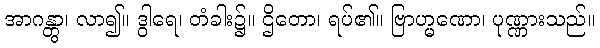
အာဂန္တွာ၊ လာ၍။ ဒွါရေ၊ တံခါး၌။ ဌိတော၊ ရပ်၏။ ဗြာဟ္မဏော၊ ပုဏ္ဏားသည်။